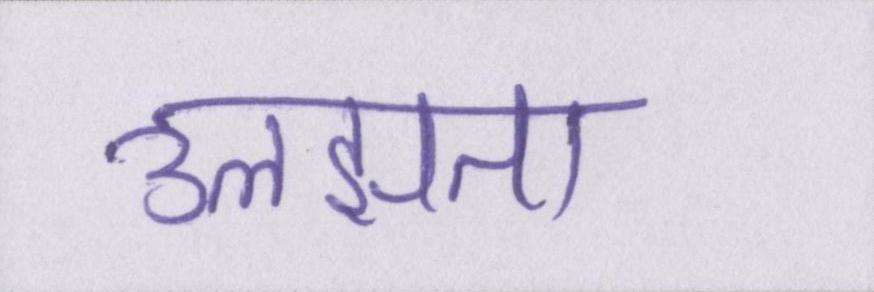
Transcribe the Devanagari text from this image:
उलझता